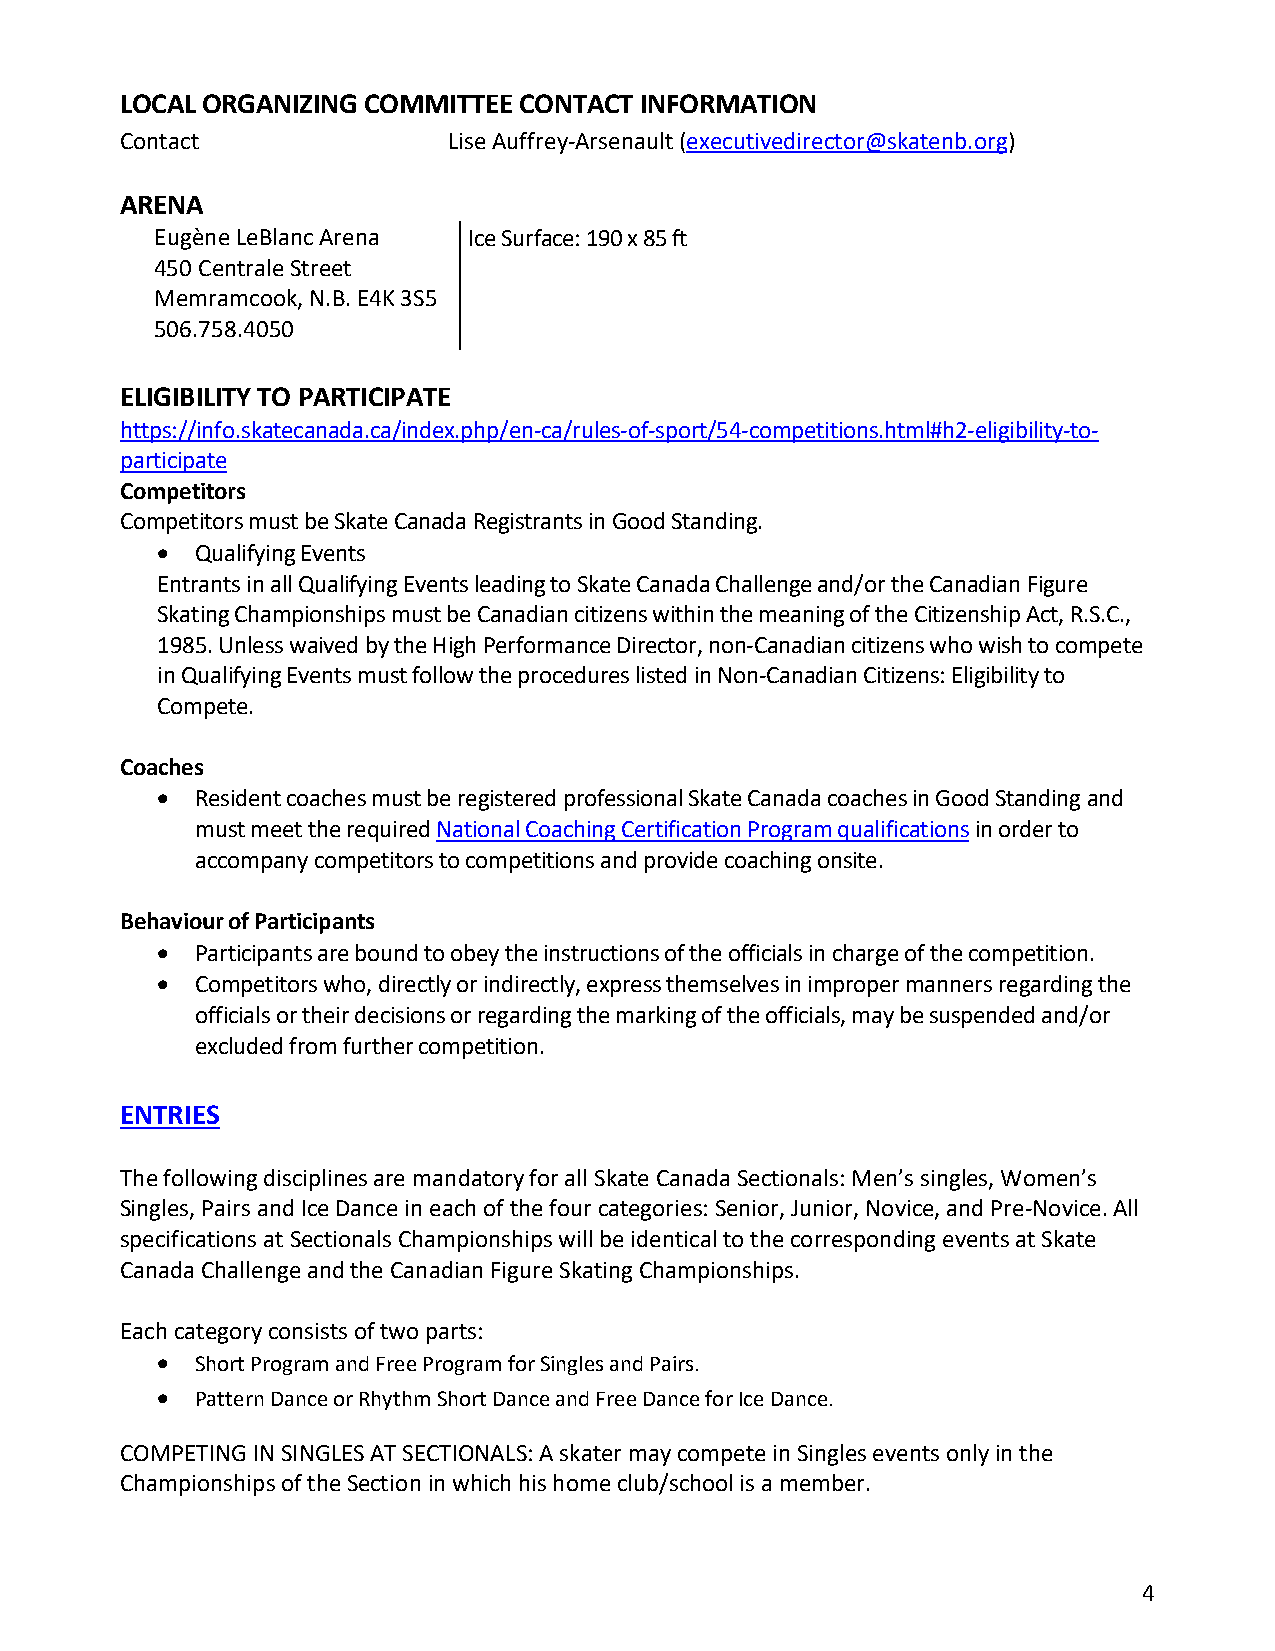
LOCAL ORGANIZING COMMITTEE CONTACT INFORMATION
 Contact               Lise Auffrey-Arsenault (executivedirector@skatenb.org)
 ARENA
 Eugène LeBlanc Arena Ice Surface: 190 x 85 ft
 450 Centrale Street
 Memramcook, N.B. E4K 3S5
 506.758.4050
 ELIGIBILITY TO PARTICIPATE
 https://info.skatecanada.ca/index.php/en-ca/rules-of-sport/54-competitions.html#h2-eligibility-to-
 participate
 Competitors
 Competitors must be Skate Canada Registrants in Good Standing.
 •  Qualifying Events
 Entrants in all Qualifying Events leading to Skate Canada Challenge and/or the Canadian Figure
 Skating Championships must be Canadian citizens within the meaning of the Citizenship Act, R.S.C.,
 1985. Unless waived by the High Performance Director, non-Canadian citizens who wish to compete
 in Qualifying Events must follow the procedures listed in Non-Canadian Citizens: Eligibility to
 Compete.
 Coaches
 •  Resident coaches must be registered professional Skate Canada coaches in Good Standing and
 must meet the required National Coaching Certification Program qualifications in order to
 accompany competitors to competitions and provide coaching onsite.
 Behaviour of Participants
 •  Participants are bound to obey the instructions of the officials in charge of the competition.
 •  Competitors who, directly or indirectly, express themselves in improper manners regarding the
 officials or their decisions or regarding the marking of the officials, may be suspended and/or
 excluded from further competition.
 ENTRIES
 The following disciplines are mandatory for all Skate Canada Sectionals: Men’s singles, Women’s
 Singles, Pairs and Ice Dance in each of the four categories: Senior, Junior, Novice, and Pre-Novice. All
 specifications at Sectionals Championships will be identical to the corresponding events at Skate
 Canada Challenge and the Canadian Figure Skating Championships.
 Each category consists of two parts:
 •  Short Program and Free Program for Singles and Pairs.
 •  Pattern Dance or Rhythm Short Dance and Free Dance for Ice Dance.
 COMPETING IN SINGLES AT SECTIONALS: A skater may compete in Singles events only in the
 Championships of the Section in which his home club/school is a member.
 4